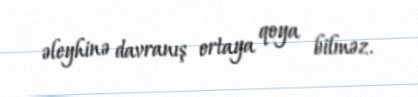
əleyhinə davranış ortaya qoya bilməz.